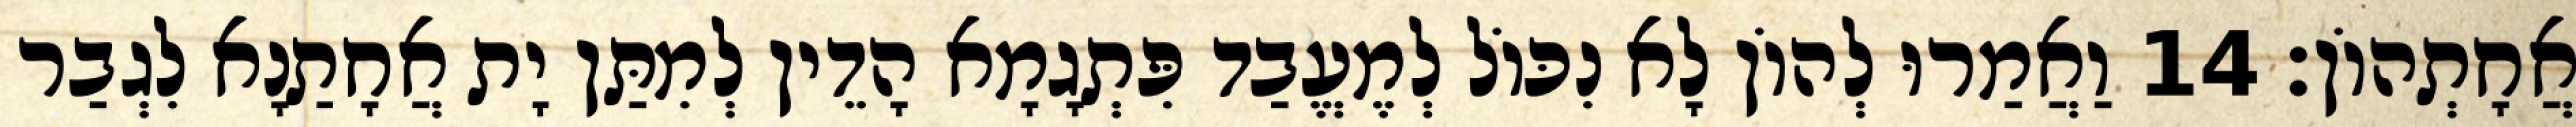
אֲחָתְהוֹן׃ 14 וַאֲמַרוּ לְהוֹן לָא נִכּוֹל לְמֶעֱבַד פִּתְגָמָא הָדֵין לְמִתַּן יָת אֲחָתַנָא לִגְבַר